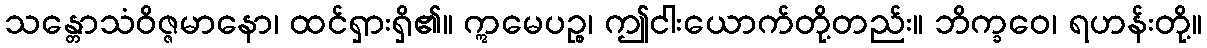
သန္တောသံဝိဇ္ဇမာနော၊ ထင်ရှားရှိ၏။ ဣမေပဉ္စ၊ ဤငါးယောက်တို့တည်း။ ဘိက္ခဝေ၊ ရဟန်းတို့။